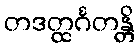
တဒတ္ထင်္ဂတန္တိ